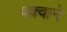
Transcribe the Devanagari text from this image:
पक्वाने